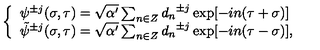
\left\{ \begin{array} { l } { { \psi } ^ { \pm j } ( \sigma , \tau ) = \sqrt { \alpha ^ { \prime } } \sum _ { n \in Z } { d _ { n } } ^ { \pm j } \exp [ - i n ( \tau + \sigma ) ] } \\ { { \tilde { \psi } } ^ { \pm j } ( \sigma , \tau ) = \sqrt { \alpha ^ { \prime } } \sum _ { n \in Z } { d _ { n } } ^ { \pm j } \exp [ - i n ( \tau - \sigma ) ] , } \\ \end{array} \right.